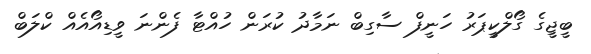
ބީޖީގެ ގޯލްކީޕަރު ހަނީފް ސާގިބް ނަމާދު ކުރަން ހުއްޓާ ފެންނަ ވީޑިއޯއެއް ކްލަބް